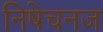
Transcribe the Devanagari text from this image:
निषेचनज